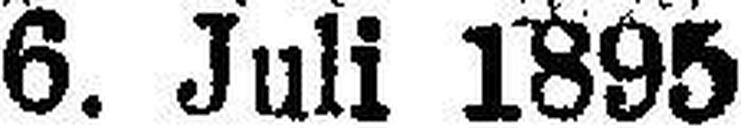
6. Juli 1895